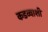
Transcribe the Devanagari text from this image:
कडव्याशी